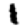
Digit: 1